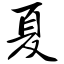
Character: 夏